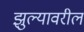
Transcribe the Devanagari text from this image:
झुल्यावरील